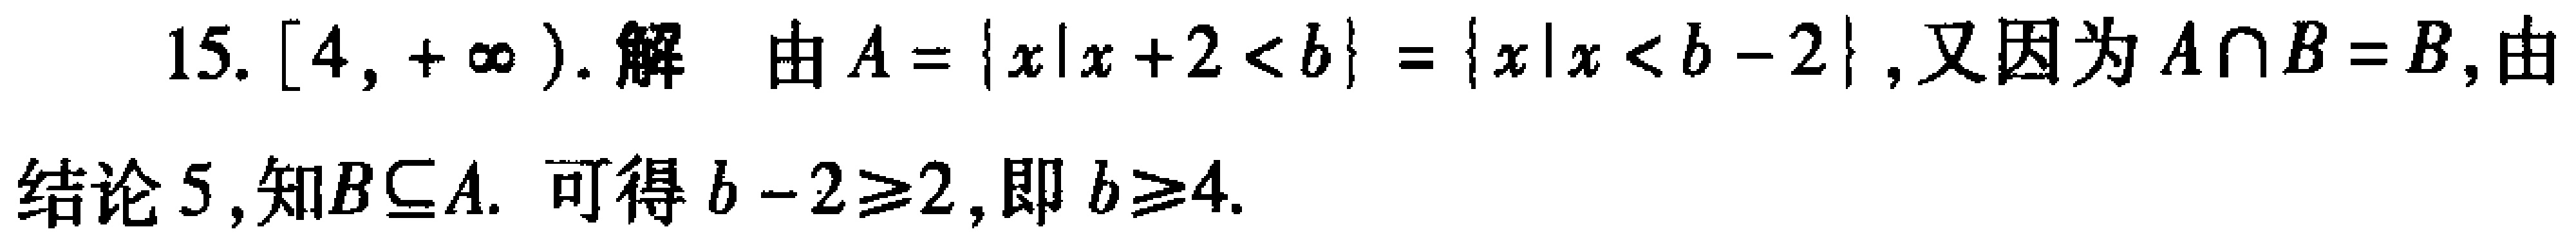
15. $[4, +\infty)$. 解 由$A = \{x|x + 2 < b\} = \{x|x < b - 2\}$, 又因为$A\cap B = B$, 由结论5, 知$B\subseteq A$. 可得$b - 2\geq2$, 即$b\geq4$.